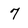
Character: 7